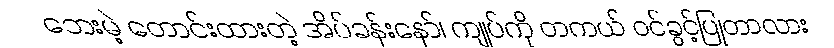
ဘေးမဲ့ တောင်းထားတဲ့ အိပ်ခန်းနော်၊ ကျုပ်ကို တကယ် ဝင်ခွင့်ပြုတာလား